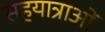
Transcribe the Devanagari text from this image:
सहयात्राओं